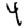
Digit: 4